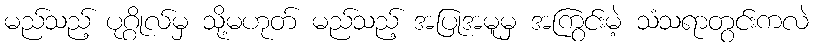
မည်သည့် ပုဂ္ဂိုလ်မှ သို့မဟုတ် မည်သည့် အပြုအမူမှ အကြွင်းမဲ့ သံသရာတွင်းကလဲ